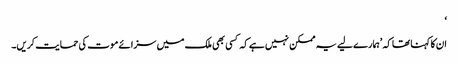
‘
ان کا کہنا تھا کہ ’ہمارے لیے یہ ممکن نہیں ہے کہ کسی بھی ملک میں سزائے موت کی حمایت کریں۔